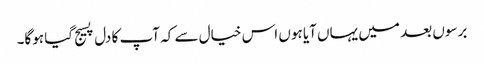
برسوں بعد میں یہاں آیا ہوں اس خیال سے کہ آپ کا دل پسیج گیا ہوگا۔